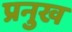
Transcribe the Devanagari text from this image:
प्रनुख